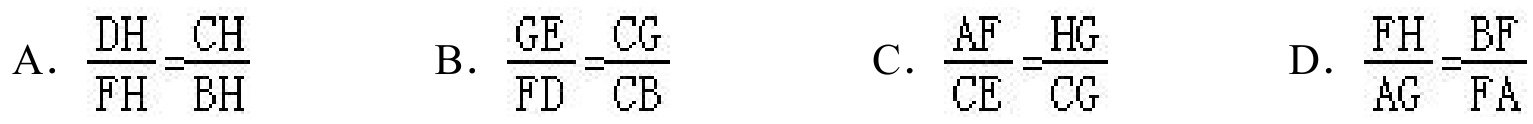
A. \(\frac{DH}{FH}=\frac{CH}{BH}\)  B. \(\frac{GE}{FD}=\frac{CG}{CB}\)  C. \(\frac{AF}{CE}=\frac{HG}{CG}\)  D. \(\frac{FH}{AG}=\frac{BF}{FA}\)